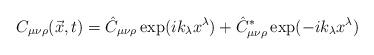
LaTeX: \begin{align*}C_{\mu \nu \rho} (\vec{x},t) = \hat{C}_{\mu \nu \rho} \exp(ik_\lambda x^\lambda) + \hat{C}^{*}_{\mu \nu \rho} \exp(-ik_\lambda x^\lambda)\end{align*}